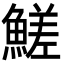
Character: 䱹